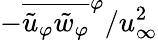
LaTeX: -\overline{{\tilde{u}_{\varphi}\tilde{w}_{\varphi}}}^{\varphi}/u_{\infty}^{2}